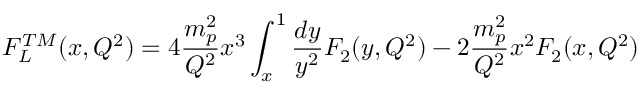
F _ { L } ^ { T M } ( x , Q ^ { 2 } ) = 4 \frac { m _ { p } ^ { 2 } } { Q ^ { 2 } } x ^ { 3 } \int _ { x } ^ { 1 } \frac { d y } { y ^ { 2 } } F _ { 2 } ( y , Q ^ { 2 } ) - 2 \frac { m _ { p } ^ { 2 } } { Q ^ { 2 } } x ^ { 2 } F _ { 2 } ( x , Q ^ { 2 } )